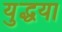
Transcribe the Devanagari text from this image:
युद्धया